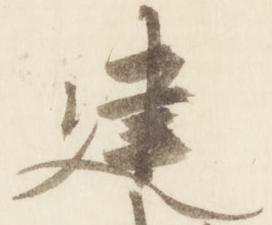
建